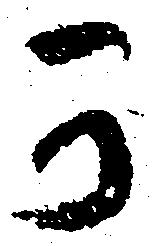
可